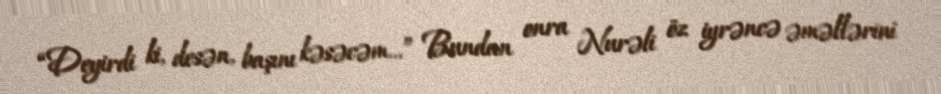
“Deyirdi ki, desən, başını kəsəcəm...” Bundan onra Nurəli öz iyrəncə əməllərini